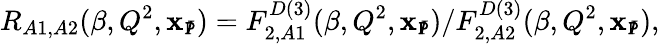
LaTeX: R_{A1,A2}(\beta,Q^{2},\mathbf{x}_{I\! \! \mathtt{P}})=F_{2,A1}^{D(3)}(\beta,Q^{2},\mathbf{x}_{I\! \! \mathtt{P}})/F_{2,A2}^{D(3)}(\beta,Q^{2},\mathbf{x}_{I\! \! \mathtt{P}}),